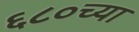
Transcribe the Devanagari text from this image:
६८०च्या